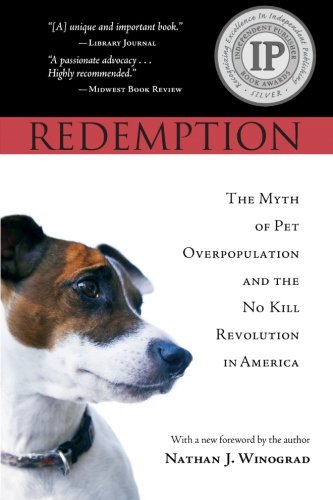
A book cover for Redemption: The Myth of Pet Overpopulation and the No Kill Revolution in America; Nathan J. Winograd; Crafts, Hobbies & Home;